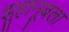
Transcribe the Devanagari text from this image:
झुहानूबला